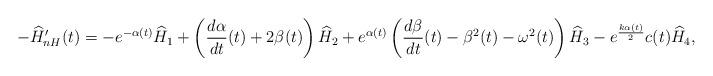
LaTeX: \begin{align*}-\widehat{H}'_{nH}(t)=-e^{-\alpha(t)}\widehat{H}_1+\left(\frac{d\alpha}{dt}(t)+2\beta(t)\right)\widehat{H}_2+e^{\alpha(t)}\left(\frac{d\beta}{dt}(t)-\beta^2(t)-\omega^2(t)\right)\widehat{H}_3-e^{\frac{k \alpha(t)}2} c(t)\widehat{H}_4,\end{align*}